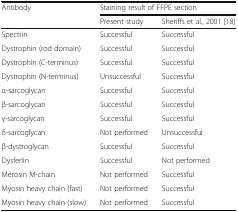
<table><thead><tr><td rowspan="2"><b>Antibody</b></td><td colspan="2"><b>Staining result of FFPE section</b></td></tr><tr><td><b>Present study</b></td><td><b>Sheriffs et al., 2001 [18]</b></td></tr></thead><tbody><tr><td>Spectrin</td><td>Successful</td><td>Successful</td></tr><tr><td>Dystrophin (rod domain)</td><td>Successful</td><td>Successful</td></tr><tr><td>Dystrophin (C-terminus)</td><td>Successful</td><td>Successful</td></tr><tr><td>Dystrophin (N-terminus)</td><td>Unsuccessful</td><td>Successful</td></tr><tr><td>α-sarcoglycan</td><td>Successful</td><td>Successful</td></tr><tr><td>β-sarcoglycan</td><td>Successful</td><td>Successful</td></tr><tr><td>γ-sarcoglycan</td><td>Successful</td><td>Successful</td></tr><tr><td>δ-sarcoglycan</td><td>Not performed</td><td>Unsuccessful</td></tr><tr><td>β-dystroglycan</td><td>Successful</td><td>Successful</td></tr><tr><td>Dysferlin</td><td>Successful</td><td>Not performed</td></tr><tr><td>Merosin M-chain</td><td>Not performed</td><td>Successful</td></tr><tr><td>Myosin heavy chain (fast)</td><td>Not performed</td><td>Successful</td></tr><tr><td>Myosin heavy chain (slow)</td><td>Not performed</td><td>Successful</td></tr></tbody></table>